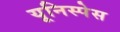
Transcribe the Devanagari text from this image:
यूनिस्पेस